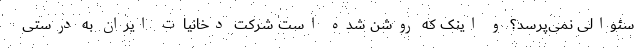
سئوالی نمی‌پرسد؟ و اینک که روشن شده است شرکت دخانیات ایران به درستی